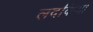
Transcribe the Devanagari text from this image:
लदकिया